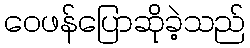
ဝေဖန်ပြောဆိုခဲ့သည်